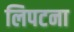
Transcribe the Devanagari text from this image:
लिपटना